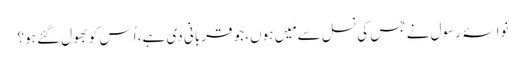
نواسۂ رسول نے جس کی نسل سے مَیں ہوں، جو قربانی دی ہے، اُس کو بھول گئے ہو؟